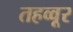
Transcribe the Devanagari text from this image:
तहव्वूर